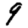
Digit: 9